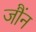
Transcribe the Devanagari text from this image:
जौंन